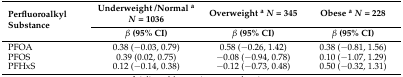
<table><thead><tr><td rowspan="2"><b>Perfluoroalkyl Substance</b></td><td><b>Underweight /Normal <sup>a</sup><i>N</i> = 1036</b></td><td><b>Overweight <sup>a</sup><i>N</i> = 345</b></td><td><b>Obese <sup>a</sup><i>N</i> = 228</b></td></tr><tr><td><b><i>β</i> (95% CI)</b></td><td><b><i>β</i> (95% CI)</b></td><td><b><i>β</i> (95% CI)</b></td></tr></thead><tbody><tr><td>PFOA</td><td>0.38 (−0.03, 0.79)</td><td>0.58 (−0.26, 1.42)</td><td>0.38 (−0.81, 1.56)</td></tr><tr><td>PFOS</td><td>0.39 (0.02, 0.75)</td><td>−0.08 (−0.94, 0.78)</td><td>0.10 (−1.07, 1.29)</td></tr><tr><td>PFHxS</td><td>0.12 (−0.14, 0.38)</td><td>−0.12 (−0.73, 0.48)</td><td>0.50 (−0.32, 1.31)</td></tr></tbody></table>